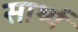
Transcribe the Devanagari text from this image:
सार्थ्य